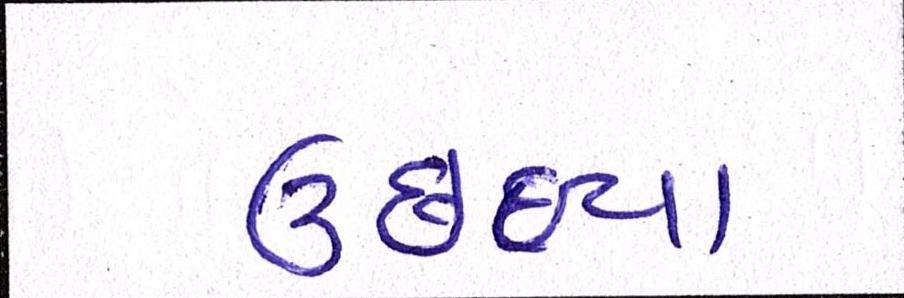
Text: ઉછળ્યા